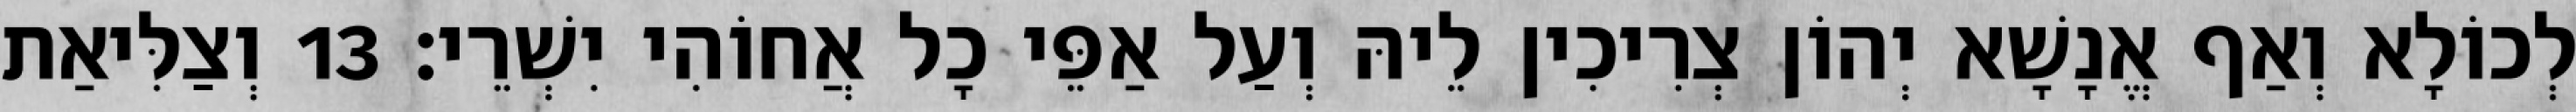
לְכוֹלָא וְאַף אֱנָשָׁא יְהוֹן צְרִיכִין לֵיהּ וְעַל אַפֵּי כָל אֲחוֹהִי יִשְׁרֵי׃ 13 וְצַלִּיאַת